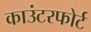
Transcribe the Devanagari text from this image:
काउंटरफोर्ट